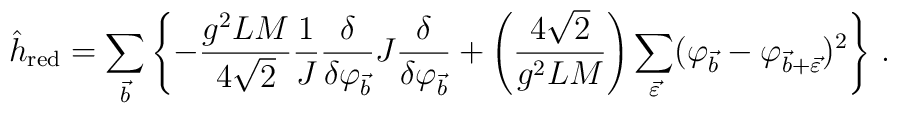
\hat h_{\rm red} = \sum_{\vec{b}}\left\{-\frac{g^2 LM}{4\sqrt2}\frac{1}{J}\frac{\delta}{\delta\varphi_{\vec b}} J\frac{\delta}{\delta\varphi _{\vec b}}+\left(\frac{4\sqrt2}{g^2LM}\right) \sum_{\vec{\varepsilon}}(\varphi_{\vec b}-\varphi_{\vec b+\vec\varepsilon})^2\right\} \, .